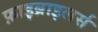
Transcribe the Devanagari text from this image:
फ़ाइब्राइलर्स